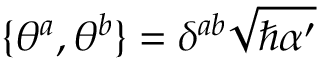
\{ \theta ^ { a } , \theta ^ { b } \} = \delta ^ { a b } \sqrt { \hbar \alpha ^ { \prime } }